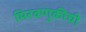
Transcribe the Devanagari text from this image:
मिरवणुकीची